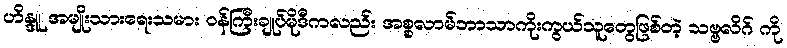
ဟိန္ဒူ အမျိုးသားရေးသမား ဝန်ကြီးချုပ်မိုဒီကလည်း အစ္စလာမ်ဘာသာကိုးကွယ်သူတွေဖြစ်တဲ့ သဗ္ဗလိဂ် ကို